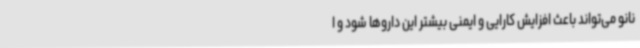
نانو می‌تواند باعث افزایش کارایی و ایمنی بیشتر این داروها شود و ا